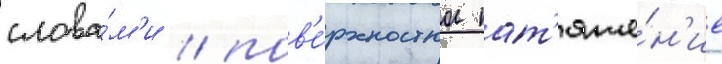
слова́м'и / пов'е́рхностное нат'яже́н'ие